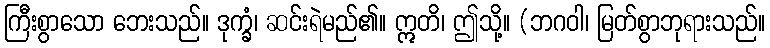
ကြီးစွာသော ဘေးသည်။ ဒုက္ခံ၊ ဆင်းရဲမည်၏။ ဣတိ၊ ဤသို့။ (ဘဂဝါ၊ မြတ်စွာဘုရားသည်။